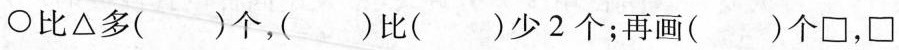
\bigcirc比\triangle多( )个，( )比( )少2个；再画( )个\square，\square